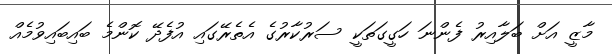
މާޒީ އަށް ބަލާއިރު ފެންނަ ހަގީގަތަކީ ސަރުކާރުގެ އެތެރޭގައި އުފެދޭ ކޮންމެ ބައިބައިވުމެއް